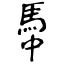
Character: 馽